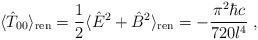
LaTeX: \begin{align*}\langle {\hat T}_{00}\rangle _{\rm ren} ={1\over 2}\langle {\hat E}^2+{\hat B}^2\rangle _{\rm ren} =-{{\pi ^2\hbar c}\over{720 l^4}}\; ,\end{align*}